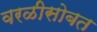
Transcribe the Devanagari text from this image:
वरळीसोबत